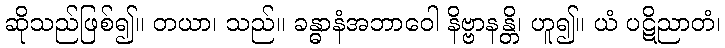
ဆိုသည်ဖြစ်၍။ တယာ၊ သည်။ ခန္ဓာနံအဘာဝေါ နိဗ္ဗာနန္တိ၊ ဟူ၍။ ယံ ပဋိညာတံ၊